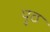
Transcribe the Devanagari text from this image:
पुठ